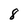
Character: 8